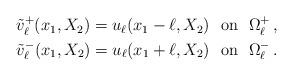
LaTeX: \begin{align*} \begin{aligned} \tilde v_\ell^+(x_1,X_2)=u_\ell(x_1-\ell,X_2)~\text{ on }~\Omega_\ell^+\,,\\ \tilde v_\ell^-(x_1,X_2)=u_\ell(x_1+\ell,X_2)~\text{ on }~\Omega_\ell^-\,.\end{aligned} \end{align*}